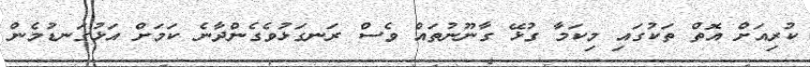
ކުރިއަށް އޮތް ތަކުގައި މިކަމާ ގުޅޭ ގާނޫނުތައް ވެސް ރަނގަޅުވެގެންދާނެ ކަމަށް އަޅުގަނޑުމެން